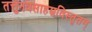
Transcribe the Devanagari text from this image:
तत्तुनवसाहस्रविस्तृतम्